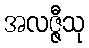
အလဇ္ဇီသု